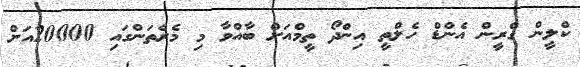
ކްލީން ގްރީން އެންޑް ހެލްތީ އިންދޯ ތީމްއަށް ބާއްވާ މި މެރެތަންގައި 20000އަށް